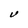
Character: V